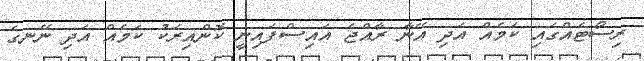
ރިސޯޓެއްގައި ކަމެއް އަދި އޭނާ ރާއްޖެ އައިސްފައިނީ ކޮންއިރަކު ކަމެއް އަދި ނޭނގެ